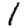
Digit: 1